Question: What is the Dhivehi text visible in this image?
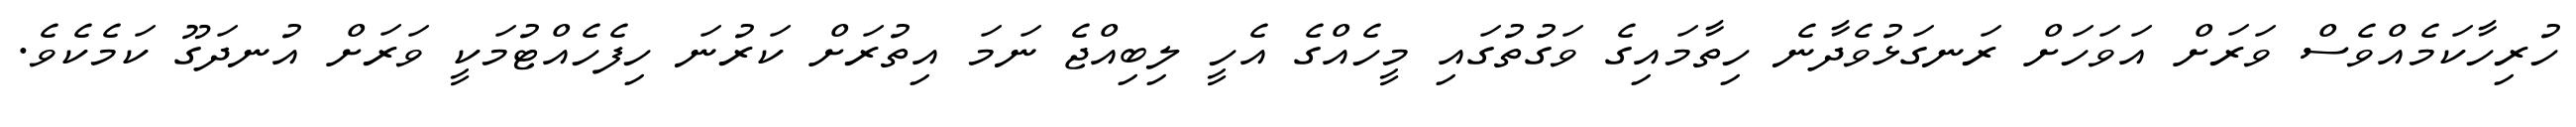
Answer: ހުރިހާކަމެއްވެސް ވަރަށް އަވަހަށް ރަނގަޅުވެދާނެ ހިތާމައިގެ ވަގުތުގައި މީހެއްގެ އެހީ ލިބިއްޖެ ނަމަ އިތުރަށް ކަރުނަ ހިފެހެއްޓުމަކީ ވަރަށް އުނދަގޫ ކަމެކެވެ.